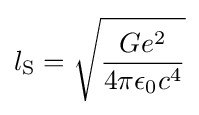
l_{\text{S}}={\sqrt {\frac {Ge^{2}}{4\pi \epsilon _{0}c^{4}}}}